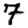
Digit: 7